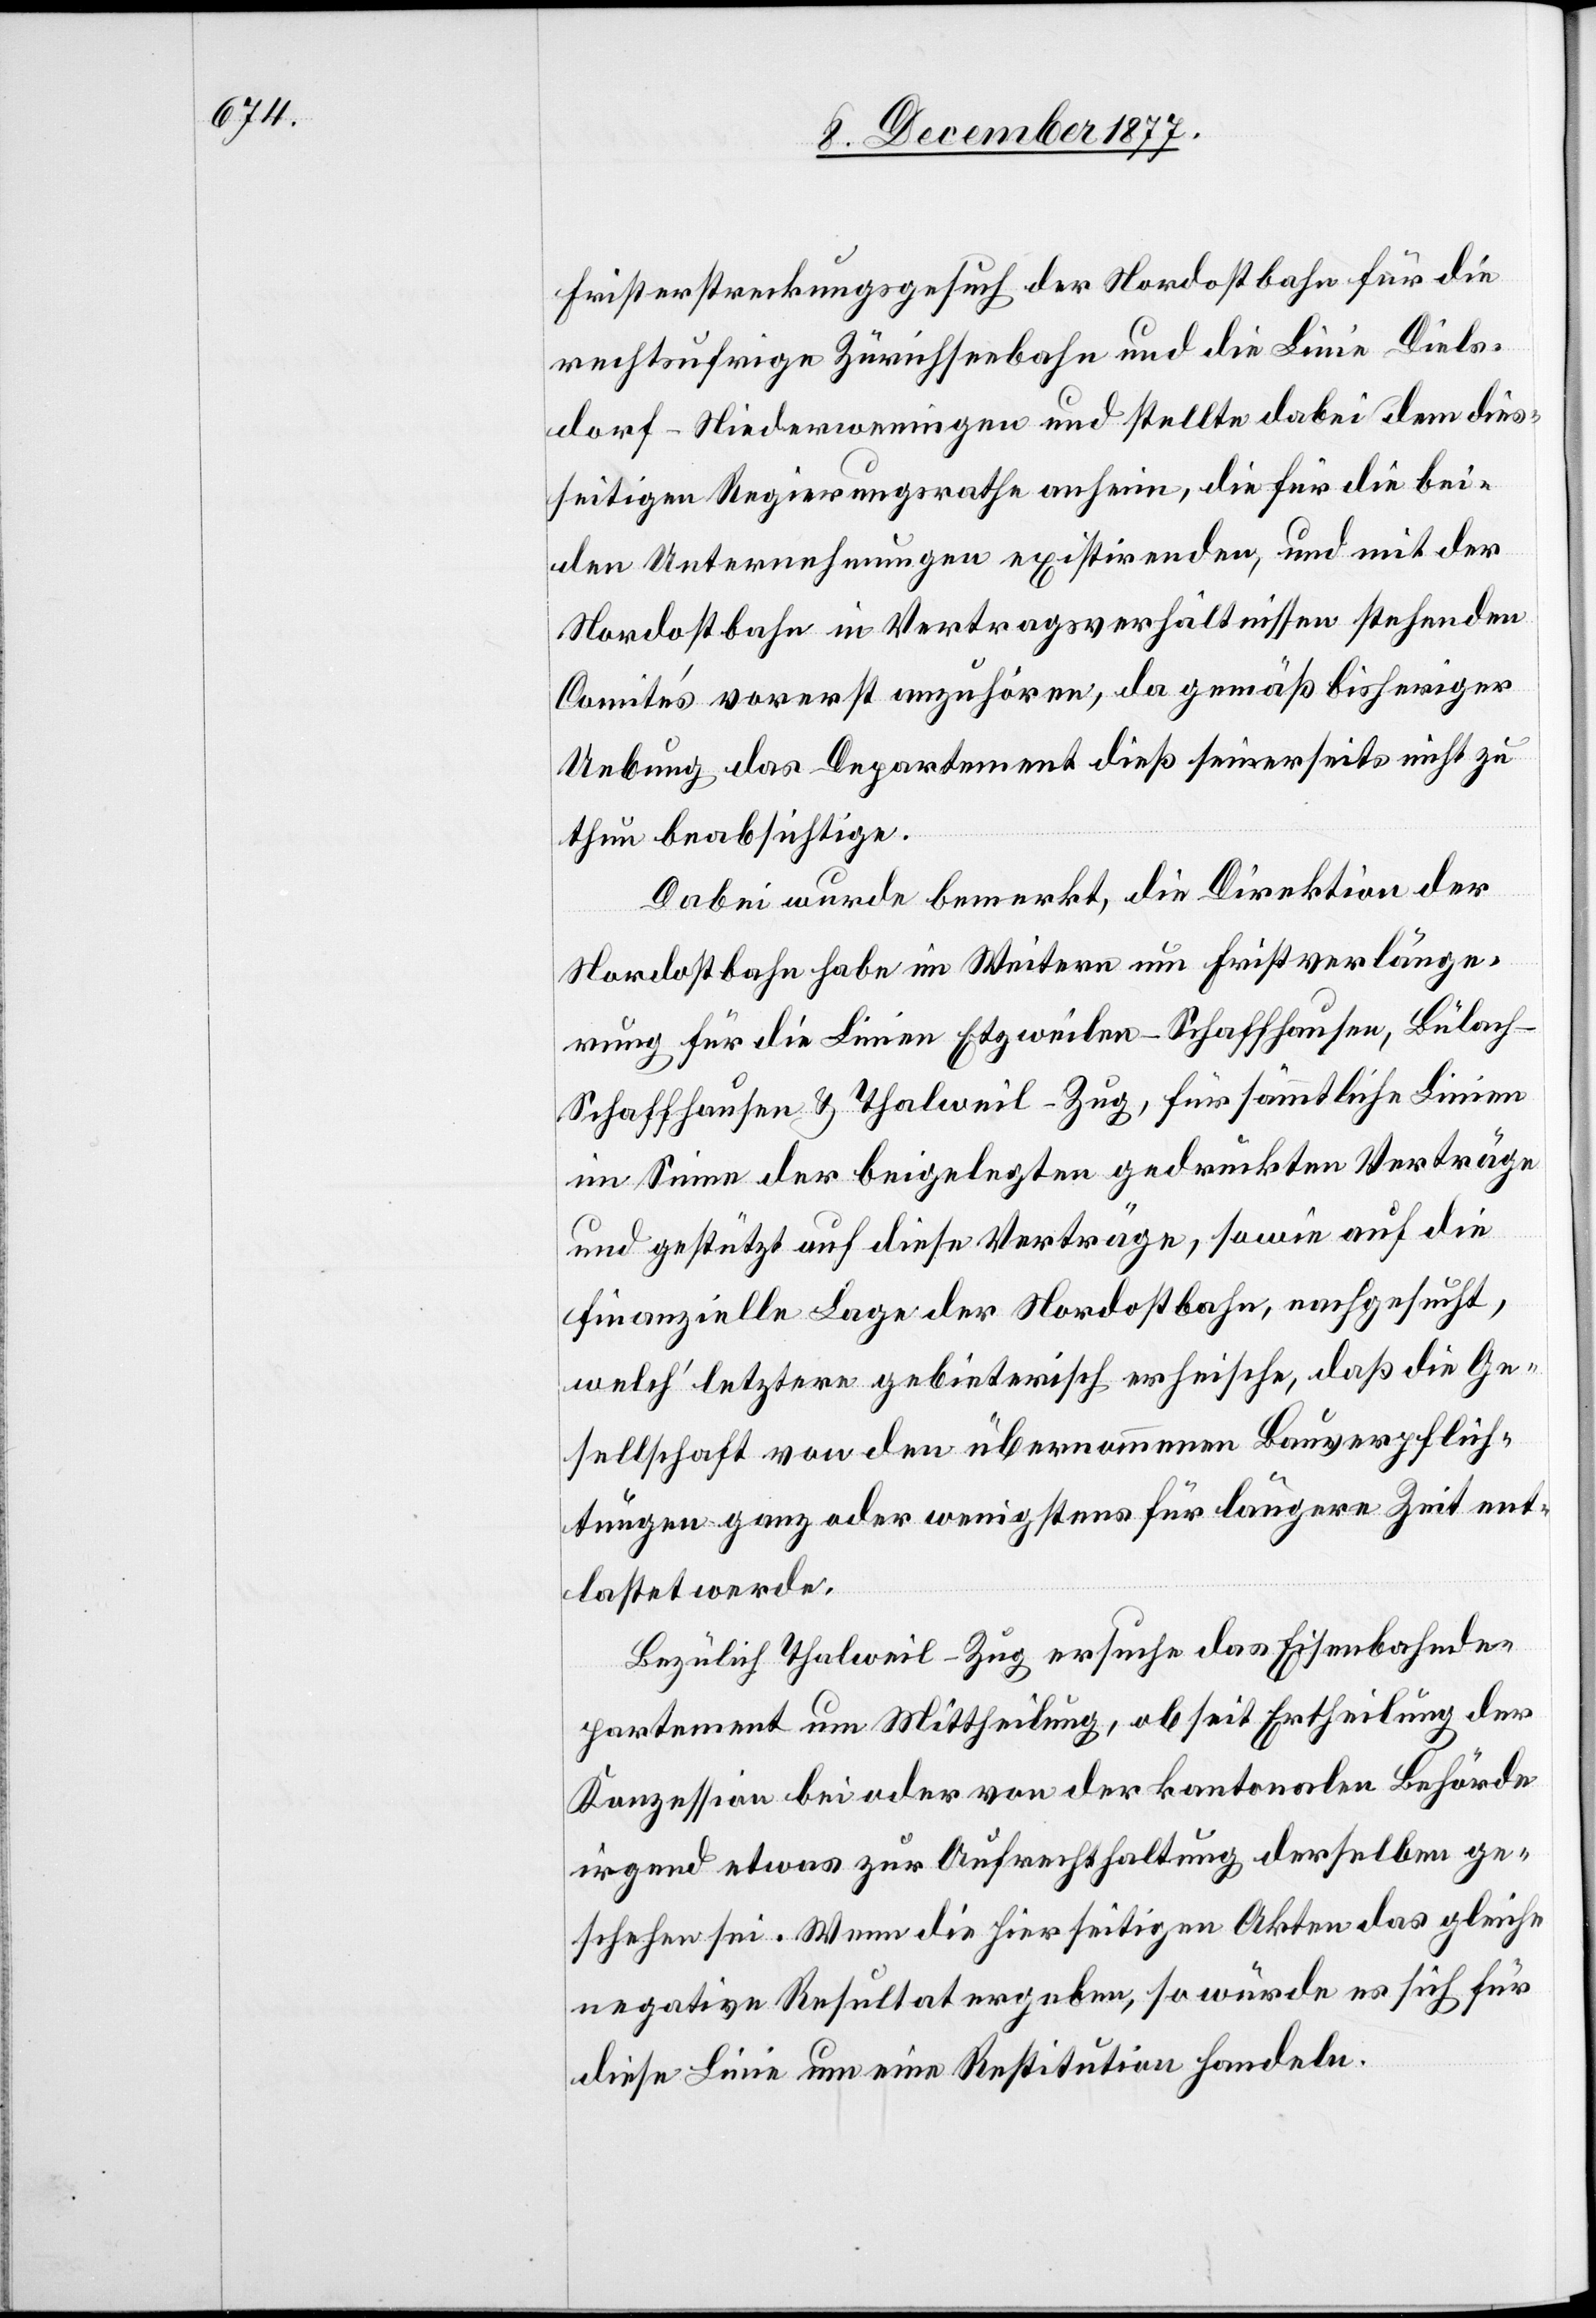
Fristerstreckungsgesuch der Nordostbahn für die
rechtsufrige Zürichseebahn und die Linie Diels¬
dorf–Niederweningen und stellte dabei dem dies¬
seitigen Regierungsrathe anheim, die für die bei¬
den Unternehmungen existirenden, und mit der
Nordostbahn in Vertragsverhältnissen stehenden
Comités vorerst anzuhören, da gemäß bisheriger
Uebung das Departement dieß seinerseits nicht zu
thun beabsichtige.
Dabei wurde bemerkt, die Direktion der
Nordostbahn habe im Weitern um Fristverlänge¬
rung für die Linien Etzweilen–Schaffhausen, Bülac¬
h–Schaffhausen & Thalweil–Zug, für sämmtliche Linien
im Sinne der beigelegten gedruckten Verträge
und gestützt auf diese Verträge, sowie auf die
finanzielle Lage der Nordostbahn, nachgesucht,
welch‘ letztere gebieterisch erheische, daß die Ge¬
sellschaft von den übernommenen Bauverpflich¬
tungen ganz oder wenigstens für längere Zeit ent¬
lastet werde.
Bezüglich Thalweil–Zug ersuche das Eisenbahnde¬
partement um Mittheilung, ob seit Ertheilung der
Konzession bei oder von der kantonalen Behörde
irgend etwas zur Aufrechthaltung derselben ge¬
schehen sei. Wenn die hierseitigen Akten das gleiche
negative Resultat ergeben, so würde es sich für
diese Linie um eine Restitution handeln.